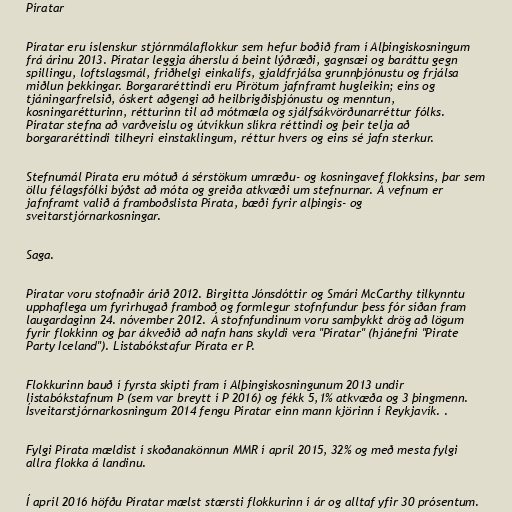
Píratar

Píratar eru íslenskur stjórnmálaflokkur sem hefur boðið fram í Alþingiskosningum
frá árinu 2013. Píratar leggja áherslu á beint lýðræði, gagnsæi og baráttu gegn
spillingu, loftslagsmál, friðhelgi einkalífs, gjaldfrjálsa grunnþjónustu og frjálsa
miðlun þekkingar. Borgararéttindi eru Pírötum jafnframt hugleikin; eins og
tjáningarfrelsið, óskert aðgengi að heilbrigðisþjónustu og menntun,
kosningarétturinn, rétturinn til að mótmæla og sjálfsákvörðunarréttur fólks.
Píratar stefna að varðveislu og útvíkkun slíkra réttindi og þeir telja að
borgararéttindi tilheyri einstaklingum, réttur hvers og eins sé jafn sterkur.

Stefnumál Pírata eru mótuð á sérstökum umræðu- og kosningavef flokksins, þar sem
öllu félagsfólki býðst að móta og greiða atkvæði um stefnurnar. Á vefnum er
jafnframt valið á framboðslista Pírata, bæði fyrir alþingis- og
sveitarstjórnarkosningar.

Saga.

Píratar voru stofnaðir árið 2012. Birgitta Jónsdóttir og Smári McCarthy tilkynntu
upphaflega um fyrirhugað framboð og formlegur stofnfundur þess fór síðan fram
laugardaginn 24. nóvember 2012. Á stofnfundinum voru samþykkt drög að lögum
fyrir flokkinn og þar ákveðið að nafn hans skyldi vera "Píratar" (hjánefni "Pirate
Party Iceland"). Listabókstafur Pírata er P.

Flokkurinn bauð í fyrsta skipti fram í Alþingiskosningunum 2013 undir
listabókstafnum Þ (sem var breytt í P 2016) og fékk 5,1% atkvæða og 3 þingmenn.
Ísveitarstjórnarkosningum 2014 fengu Píratar einn mann kjörinn í Reykjavík. .

Fylgi Pírata mældist í skoðanakönnun MMR í apríl 2015, 32% og með mesta fylgi
allra flokka á landinu.

Í apríl 2016 höfðu Píratar mælst stærsti flokkurinn í ár og alltaf yfir 30 prósentum.